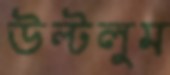
উল্‌টলুম